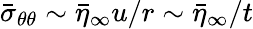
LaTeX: \bar{\sigma}_{\theta\theta}\sim\bar{\eta}_{\infty}u/r\sim\bar{\eta}_{\infty}/t